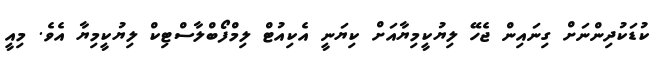
ކުޑަކުދިންނަށް ގިނައިން ޖެހޭ ލިޔުކީމިޔާއަށް ކިޔަނީ އެކިއުޓް ލިމްފޯބްލާސްޓިކް ލިޔުކީމިޔާ އެވެ. މިއީ